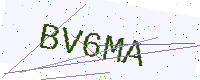
Text: BV6MA